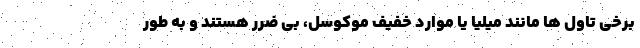
برخی تاول ها مانند میلیا یا موارد خفیف موکوسل، بی ضرر هستند و به طور